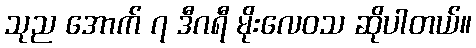
သုည အောက် ၇ ဒီဂရီ မိုးလေဝသ ဆိုပါတယ်။